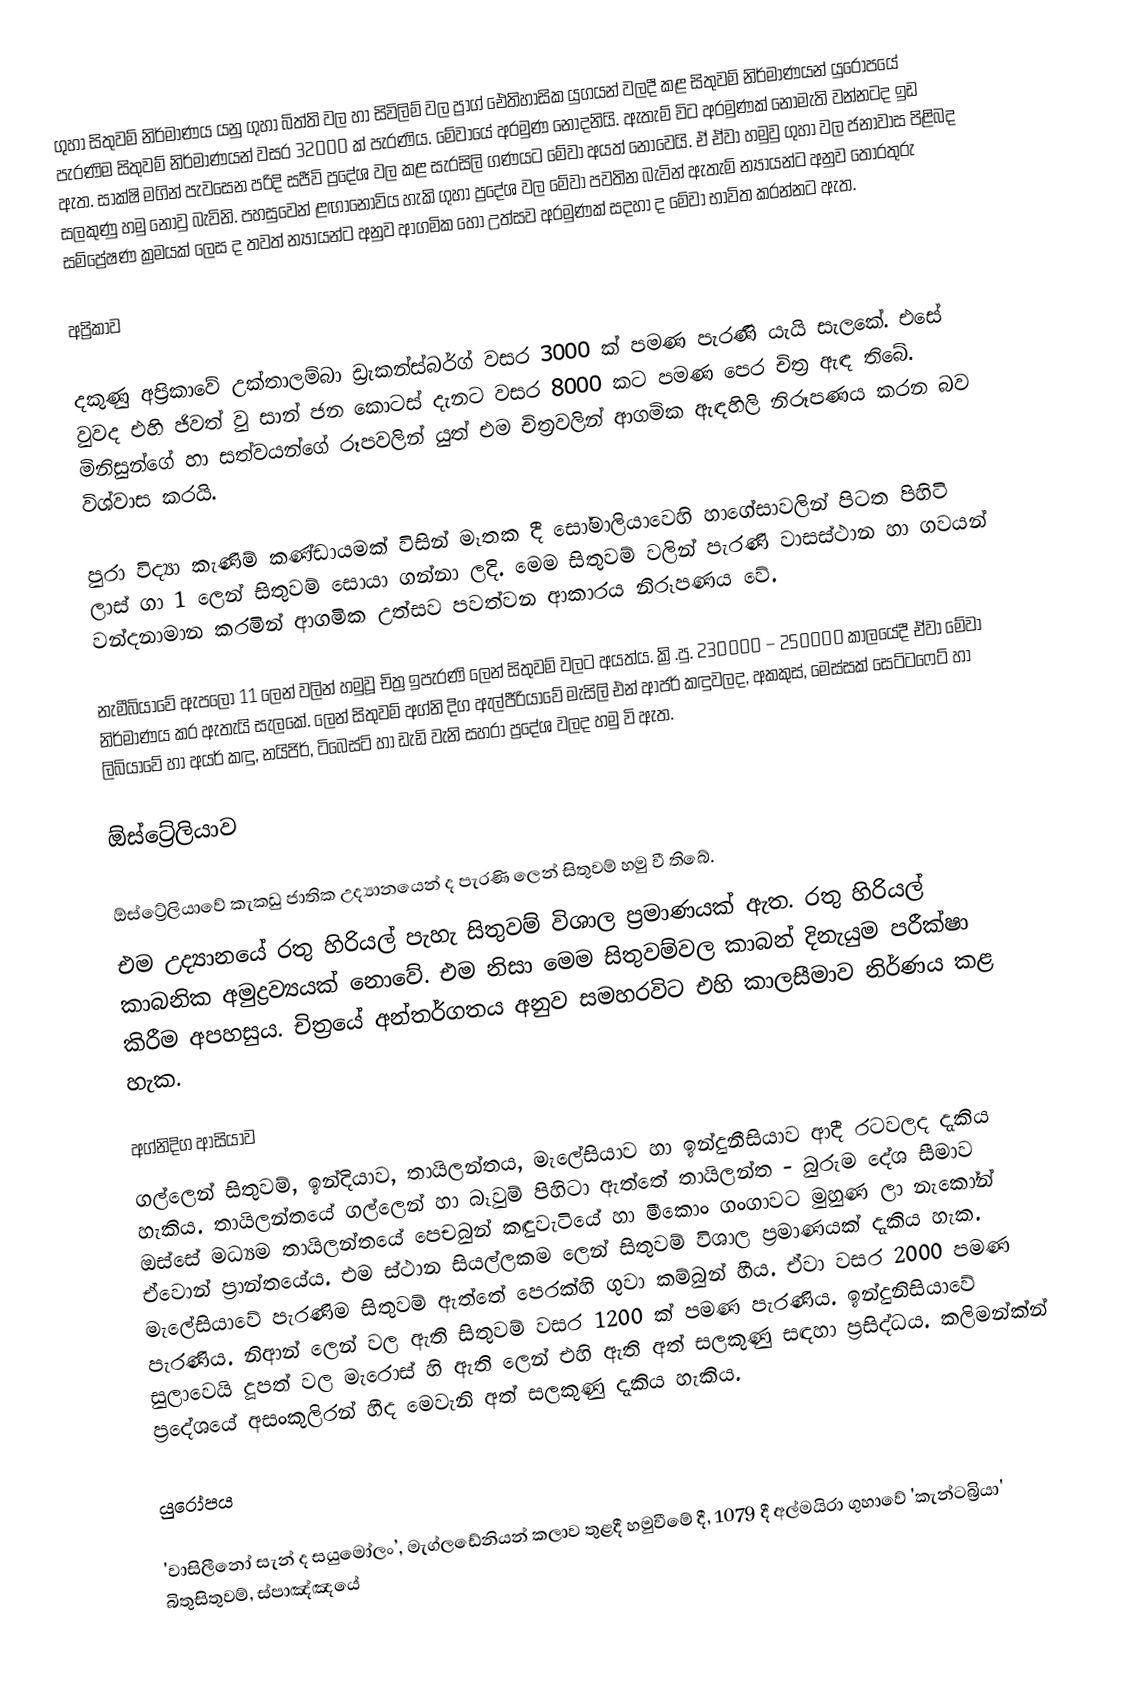
ගුහා සිතුවම් නිර්මාණය යනු ගුහා බිත්ති වල හා සිවිලිම් වල ප්‍රාග් ඓතිහාසික යුගයන් වලදී කළ සිතුවම් නිර්මාණයන් යුරෝපයේ පැරණිම සිතුවම් නිර්මාණයන් වසර 32000 ක් පැරණිය. මේවායේ අරමුණ නොදනියි. ඇතැම් විට අරමුණක් නොමැති වන්නටද ඉඩ ඇත. සාක්ෂි මගින් පැවසෙන පරිදි සජීවි ප්‍රදේශ වල කළ සැරසිලි ගණයට මේවා අයත් නොවෙයි. ඒ ඒවා හමුවු ගුහා වල ජනාවාස පිළිබද සලකුණු හමු නොවු බැවිනි. පහසුවෙන් ළඟා‍නොවිය හැකි ගුහා ප්‍රදේශ වල මේවා පවතින බැවින් ඇතැම් න්‍යායන්ට අනුව තොරතුරු සම්ප්‍රේෂණ ක්‍රමයක් ලෙස ද තවත් න්‍යායන්ට අනුව ආගමික හෝ උත්සව අරමුණක් සදහා ද මේවා භාවිත කරන්නට ඇත.

අප්‍රිකාව

දකුණු අප්‍රිකාවේ උක්තාලම්බා ඩ්‍රැකන්ස්බර්ග් වසර 3000 ක් පමණ පැරණි යැයි සැලකේ. එසේ වුවද එහි ජිවත් වු සාන් ජන කොටස් දැනට වසර 8000 කට පමණ පෙර චිත්‍ර ඇඳ තිබේ. මිනිසුන්ගේ හා සත්වයන්ගේ රූපවලින් යුත් එම චිත්‍රවලින් ආගමික ඇඳහිලි නිරූපණය  කරන බව විශ්වාස කරයි.

පුරා විද්‍යා කැණිම් කණ්ඩායමක් විසින් මෑතක දී සෝමාලියාවෙහි හාගේසාවලින් පිටත පිහිටි ලාස් ගා 1 ලෙන් සිතුවම් සොයා ගන්නා ලදි. මෙම සිතුවම් වලින් පැරණි වාසස්ථාන හා ගවයන් වන්දනාමාන කරමින් ආගමික උත්සව පවත්වන ආකාරය නිරූපණය වේ.

නැමීබියාවේ ඇපලෝ 11 ලෙන් වලින් හමුවූ චිත්‍ර ඉපැරණි ලෙන් සිතුවම් වලට අයත්ය. ක්‍රි.පු. 230000 – 250000 කාලයේදී ඒවා මේවා නිර්මාණය කර ඇතැයි සැලකේ. ලෙන් සිතුවම් අග්නි දිග ඇල්ජීරියාවේ මැසිලි එන් ආජර් කඳුවලද, අකකුස්, මෙස්සක් සෙට්ටෆෙට් හා ලිබියාවේ හා අයර් කඳු, නයිජිර්, ටිබෙස්ටි හා ඩැඩි වැනි සහරා ප්‍රදේශ වලද හමු වි ඇත.

ඕස්ට්‍රේලියාව

ඕස්ට්‍රේලියාවේ කැකඩු ජාතික උද්‍යානයෙන් ද පැරණි ලෙන් සිතුවම් හමු වී තිබේ.
එම උද්‍යානයේ රතු හිරියල් පැහැ සිතුවම් විශාල ප්‍රමාණයක් ඇත.  රතු  හිරියල් කාබනික අමුද්‍රව්‍යයක් නොවේ. එම නිසා මෙම සිතුවම්වල කාබන් දිනැයුම පරීක්ෂා කිරීම අපහසුය. චිත්‍රයේ අන්තර්ගතය අනුව සමහරවිට එහි කාලසීමාව නිර්ණය කළ හැක.

අග්නිදිග ආසියාව
ගල්ලෙන් සිතුවම්, ඉන්දියාව, තායිලන්තය, මැ‍ලේසියාව හා ඉන්දුනීසියාව ආදී රටවලද දැකිය හැකිය.  තායිලන්තයේ ගල්ලෙන් හා බෑවුම් පිහිටා ඇත්තේ තායිලන්ත - බුරුම දේශ සීමාව ඔස්සේ මධ්‍යම තායිලන්තයේ පෙචබුන්  කඳුවැටියේ හා මීකොං ගංගාවට මුහුණ ලා නැකෝන් ඒවොන් ප්‍රාන්තයේය. එම ස්ථාන සියල්ලකම ලෙන් සිතුවම්  විශාල ප්‍රමාණයක් දැකිය හැක. මැලේසියාවේ පැරණිම සිතුවම් ඇත්තේ පෙරක්හි ගුවා කම්බුන් හීය. ඒවා වසර 2000  පමණ පැරණිය. නිආන් ලෙන් වල ඇති සිතුවම් වසර 1200 ක් පමණ පැරණිය. ඉන්දුනිසියාවේ සුලාවෙයි දූපත් වල මැරොස් හි ඇති ලෙන් එහි ඇති අත් සලකුණු සඳහා ප්‍රසිද්ධය. කලිමන්ක්න් ප්‍රදේශයේ අසංකුලිරන් හීද මෙවැනි අත් සලකුණු දැකිය හැකිය.

යුරෝපය

'වාසි‍ලීනෝ සැන් ද සයුමෝලං’, මැග්ල‍ඩේනියන් කලාව තුළදී හමුවීමේ දී, 1079 දී අල්මයිරා ගුහාවේ 'කැන්ටබ්‍රියා' බිතුසිතුවම්, ස්පාඤ්ඤයේ